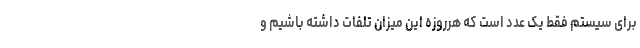
برای سیستم فقط یک عدد است که هرروزه این میزان تلفات داشته باشیم و